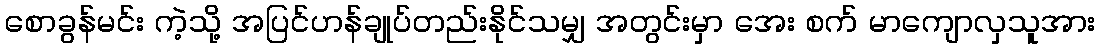
စောခွန်မင်း ကဲ့သို့ အပြင်ဟန်ချုပ်တည်းနိုင်သမျှ အတွင်းမှာ အေး စက် မာကျောလှသူအား